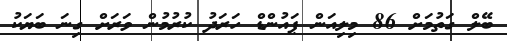
ބޭލް ގަތުމަށް 86 މިލިއަން ޕައުންޑް ހަރަދު ކުރުމުން ވަރަށް ގިނަ ބަޔަކު